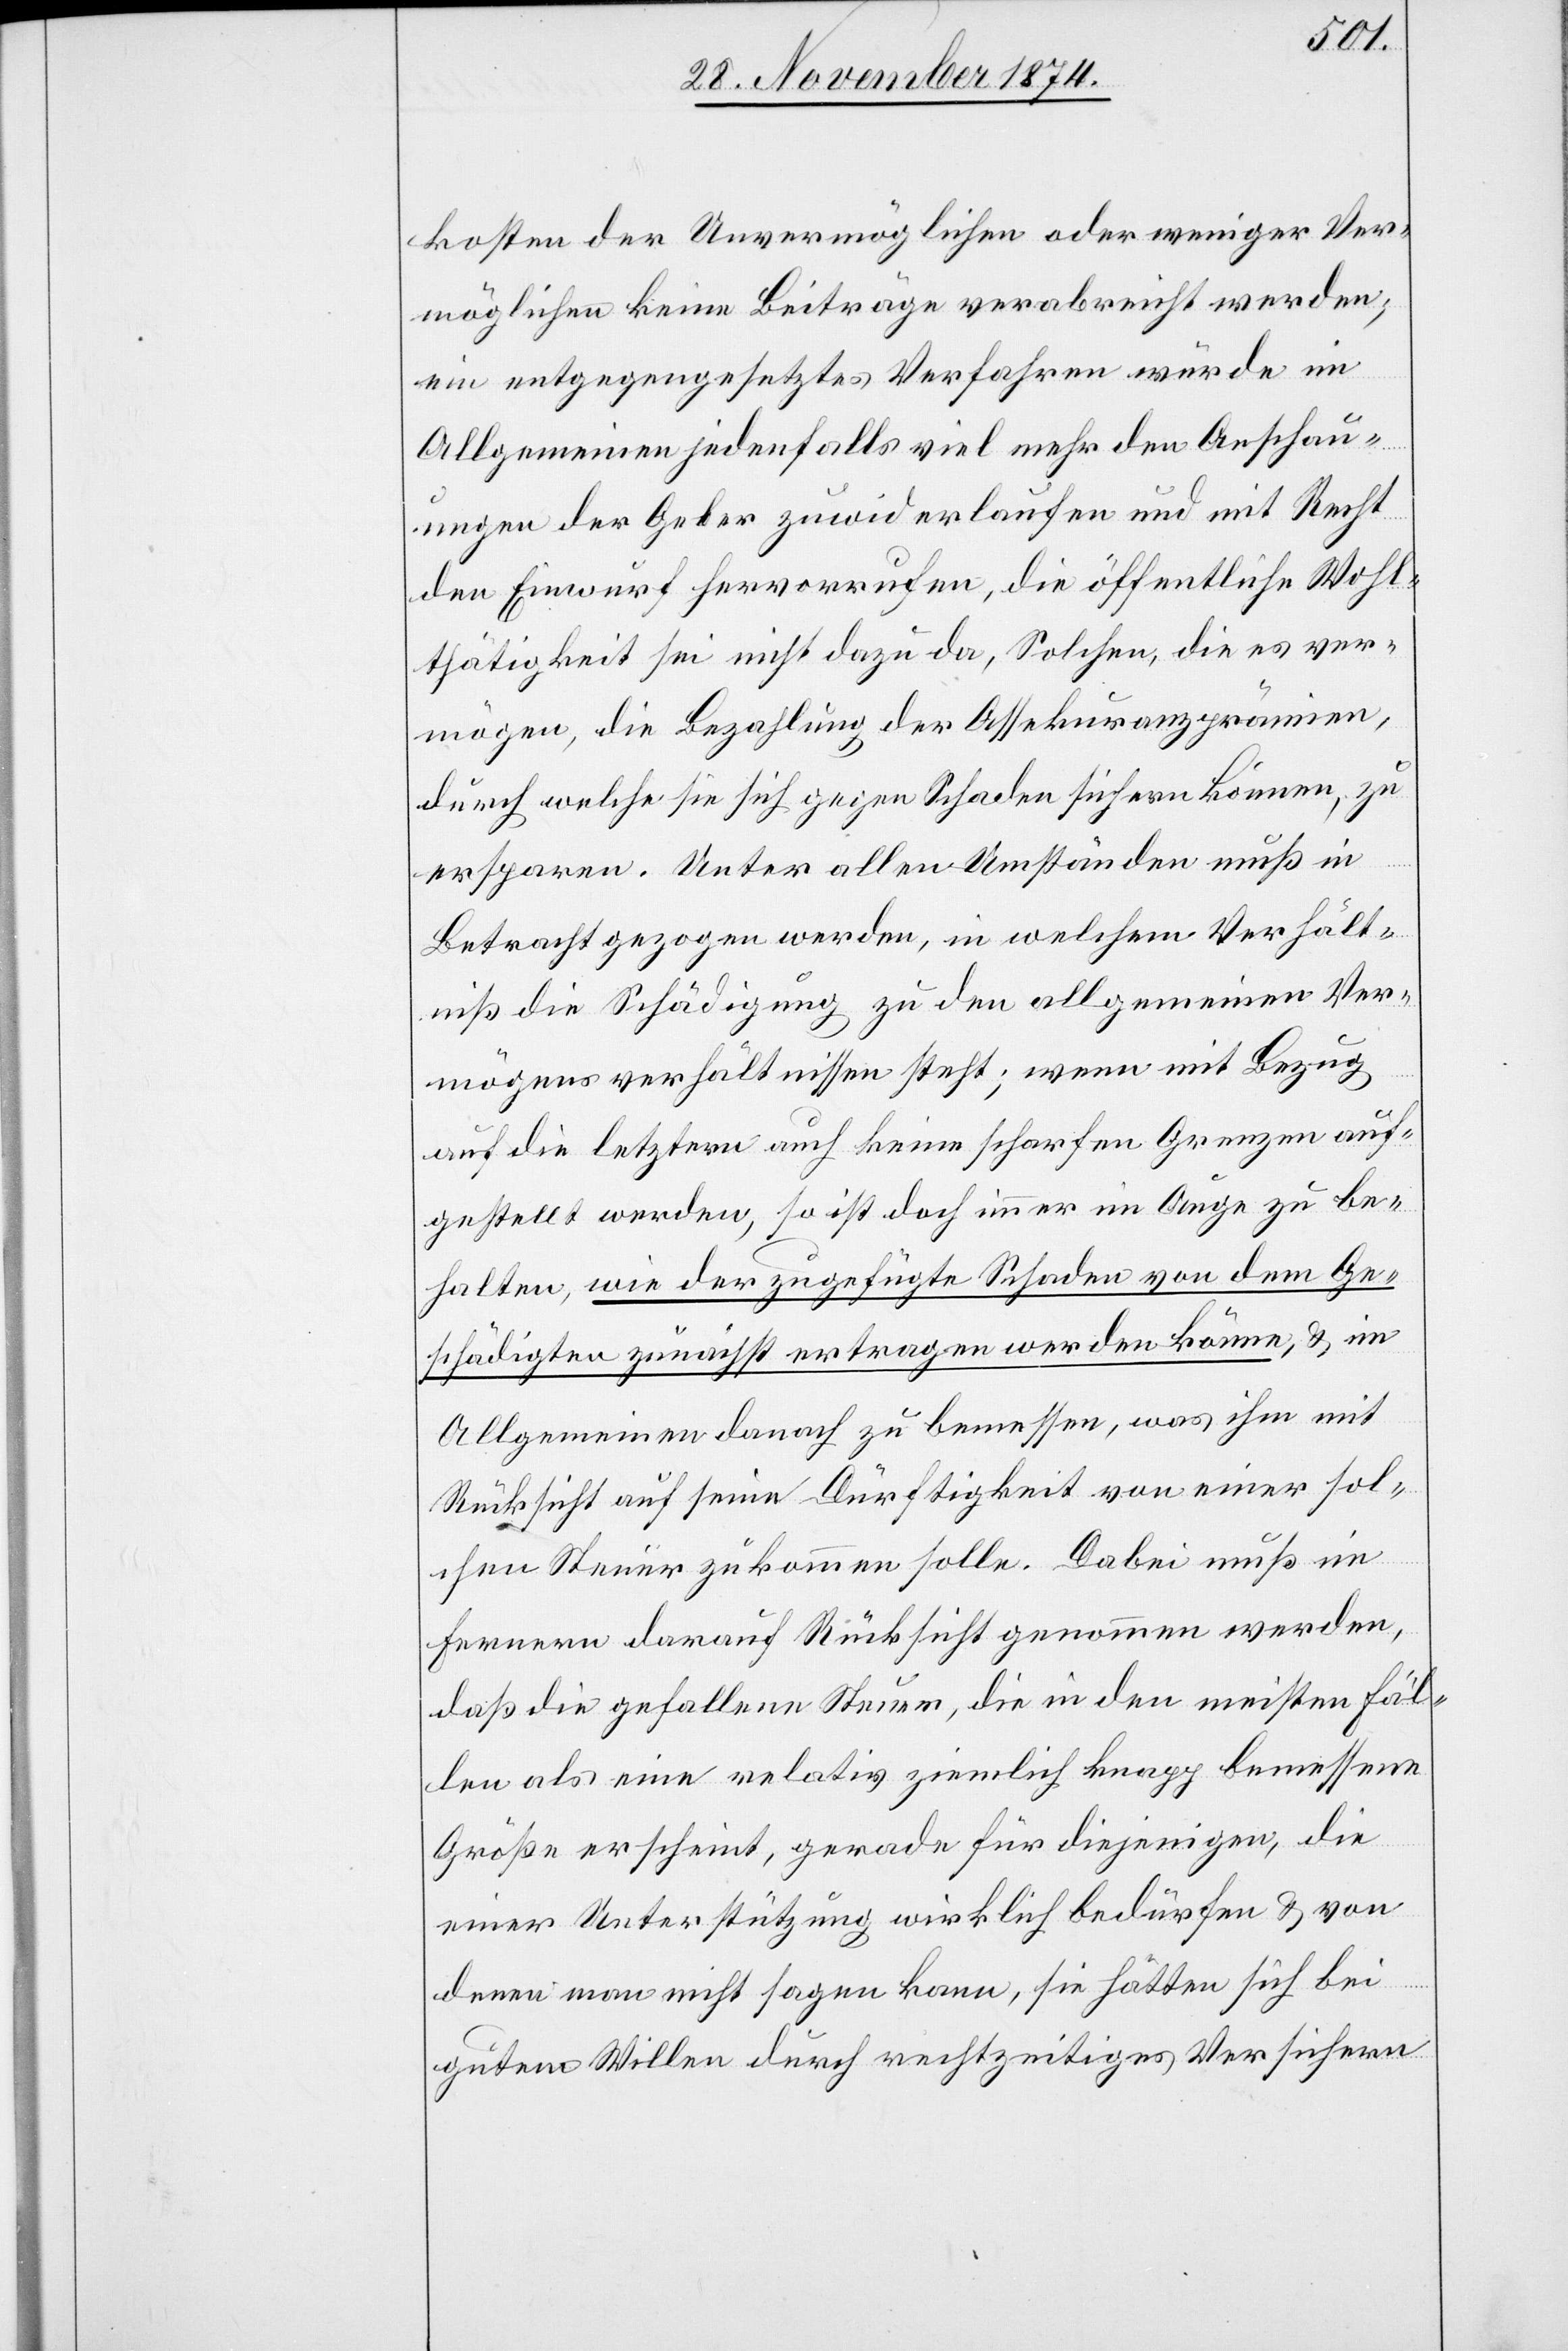
kosten der Unvermöglichen oder weniger Ver¬
möglichen keine Beiträge verabreicht werden;
ein entgegengesetztes Verfahren würde im
Allgemeinen jedoch jedenfalls viel mehr den Anschau¬
ungen der Geber zuwiderlaufen und mit Recht
den Einwurf hervorrufen, die öffentliche Wohl¬
thätigkeit sei nicht dazu da, Solchen, die es ver¬
mögen, die Bezahlung der Assekuranzprämien ,
durch welche sie sich gegen Schaden sichern können, zu
ersparen. Unter allen Umständen muß in
Betracht gezogen werden, in welchem Verhält¬
niß die Schädigung zu den allgemeinen Ver¬
mögensverhältnissen steht; wenn mit Bezug
auf die letztern auch keine scharfen Grenzen auf¬
gestellt werden, so ist doch immer im Auge zu be¬
halten, wie der zugefügte Schaden von dem Ge¬
schädigten zunächst ertragen werden könne, & im
Allgemeinen danach zu bemessen, was ihm mit
Rücksicht auf seine Dürftigkeit von einer sol¬
chen Steuer zukommen solle. Dabei muß im
Fernern darauf Rücksicht genommen werden,
daß die gefallene Steuer, die in den meisten Fäl¬
len als eine relativ ziemlich knapp bemessene
Größe erscheint, gerade für diejenigen, die
einer Unterstützung wirklich bedürfen & von
denen man nicht sagen kann, sie hätten sich bei
gutem Willen durch rechtzeitiges Versichern